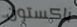
باكستون